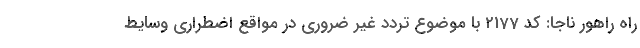
راه راهور ناجا: کد 2177 با موضوع تردد غیر ضروری در مواقع اضطراری وسایط